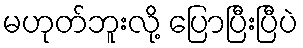
မဟုတ်ဘူးလို့ ပြောပြီးပြီပဲ